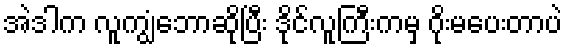
အဲဒါက လူကျွံဘောဆိုပြီး ဒိုင်လူကြီးကမှ ဂိုးမပေးတာပဲ